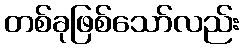
တစ်ခုဖြစ်သော်လည်း